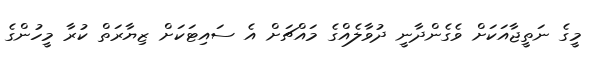
މީގެ ނަތީޖާއަކަށް ވެގެންދާނީ ދުވާލެއްގެ މައްޗަށް އެ ސައިޓަކަށް ޒިޔާރަތް ކުރާ މީހުންގެ